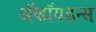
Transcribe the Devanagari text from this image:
ॲव्हॉयडन्स